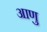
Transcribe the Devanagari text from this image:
आणु